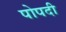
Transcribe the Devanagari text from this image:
पोपदी